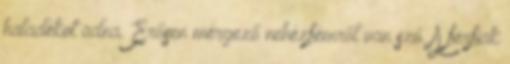
haladékot adna. Erősen mérgező nehézfémről van szó. A férfiak